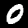
Digit: 0